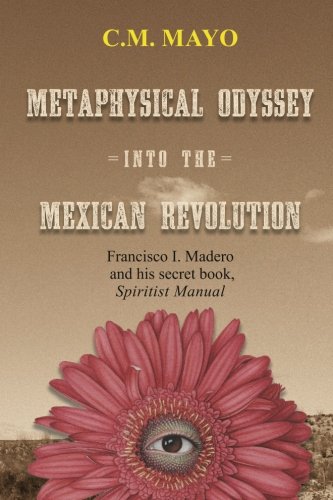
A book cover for Metaphysical Odyssey Into the Mexican Revolution: Francisco I. Madero and His Secret Book, Spiritist Manual; C. M. Mayo; Biographies & Memoirs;